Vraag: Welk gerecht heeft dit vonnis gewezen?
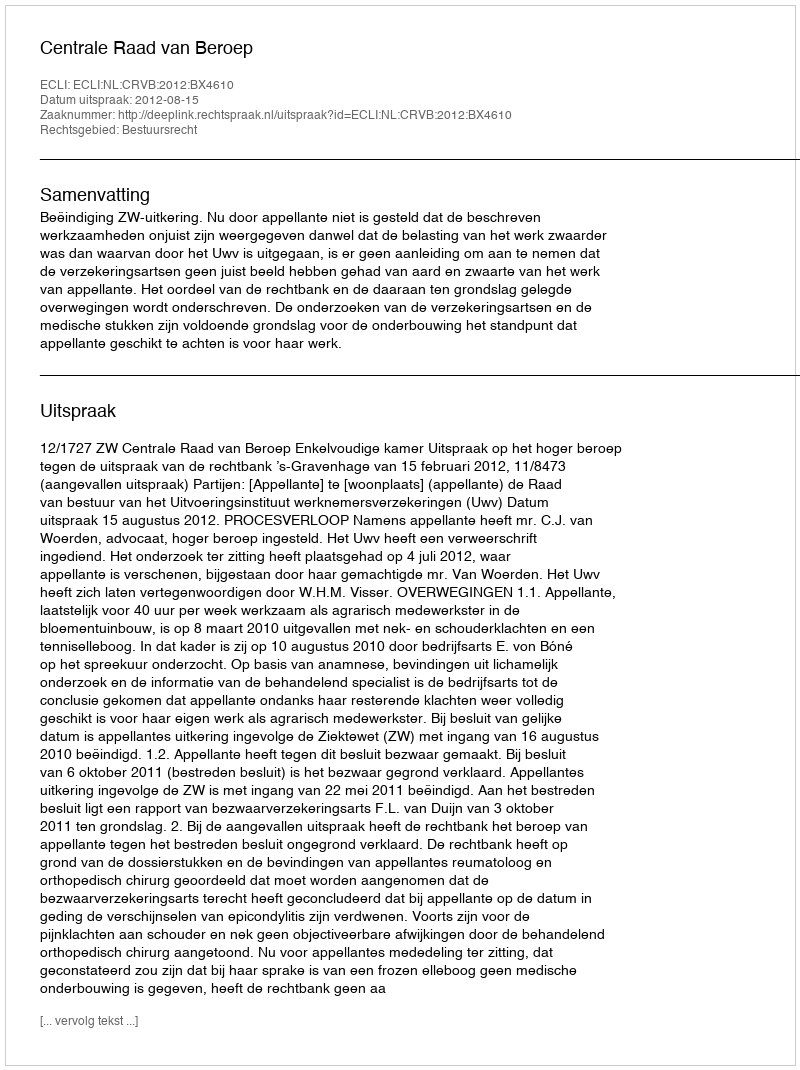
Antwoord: Centrale Raad van Beroep